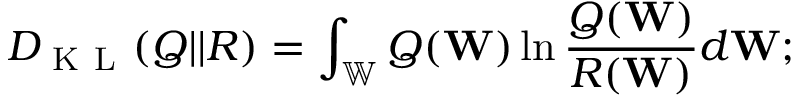
D _ { \mathrm { ~ K ~ L ~ } } ( Q | | R ) = \int _ { \mathbb { W } } Q ( \mathbf { W } ) \ln \frac { Q ( \mathbf { W } ) } { R ( \mathbf { W } ) } d \mathbf { W } ;